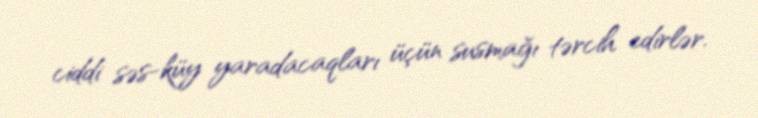
ciddi səs-küy yaradacaqları üçün susmağı tərcih edirlər.